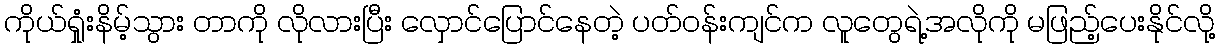
ကိုယ်ရှုံးနိမ့်သွား တာကို လိုလားပြီး လှောင်ပြောင်နေတဲ့ ပတ်ဝန်းကျင်က လူတွေရဲ့အလိုကို မဖြည့်ပေးနိုင်လို့